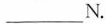
___N.